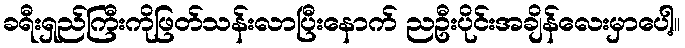
ခရီးရှည်ကြီးကိုဖြတ်သန်းလာပြီးနောက် ညဦးပိုင်းအချိန်လေးမှာပေါ့။